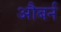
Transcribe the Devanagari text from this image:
औबर्न